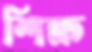
শিক্ষ